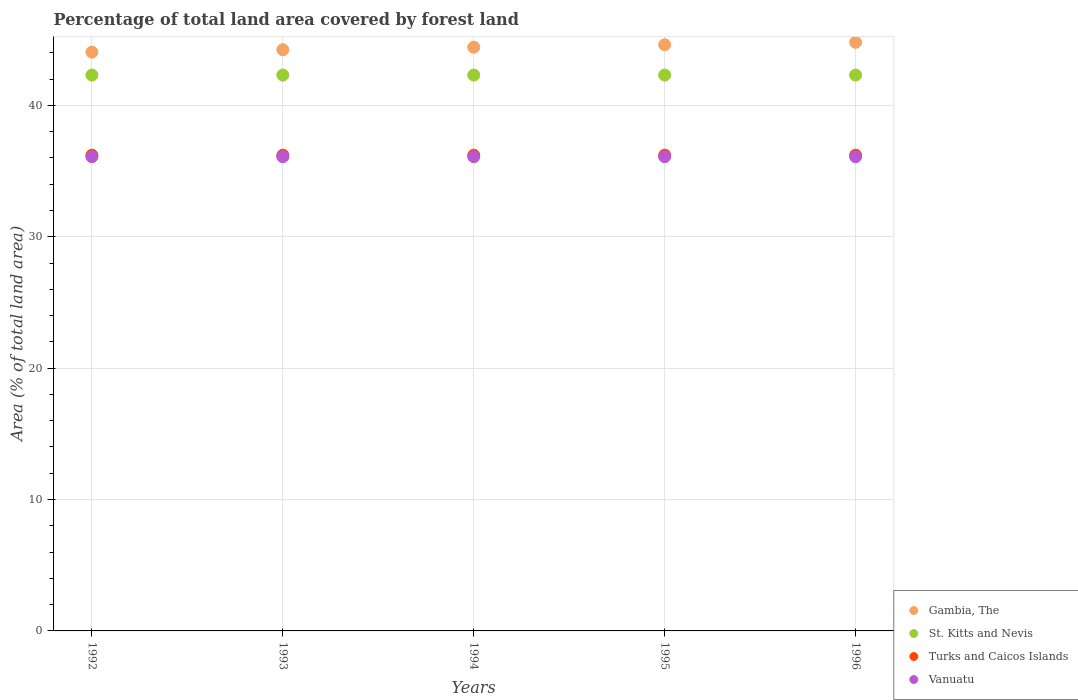
| Years | Gambia, The | St. Kitts and Nevis | Turks and Caicos Islands | Vanuatu |
 | --- | --- | --- | --- | --- |
 | 1992 | 44.1 | 42.3 | 36.2 | 36.1 |
 | 1993 | 44.2 | 42.3 | 36.2 | 36.1 |
 | 1994 | 44.4 | 42.3 | 36.2 | 36.1 |
 | 1995 | 44.6 | 42.3 | 36.2 | 36.1 |
 | 1996 | 44.8 | 42.3 | 36.2 | 36.1 |